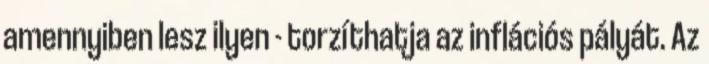
amennyiben lesz ilyen - torzíthatja az inflációs pályát. Az